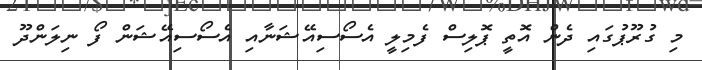
މި ގުރޫޕުގައި ދެން އޮތީ ޕޮލިސް ފެމިލީ އެސޯސިއޭޝަނާއި އެސޯސިއޭޝަން ފޯ ނިލަންދޫ